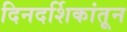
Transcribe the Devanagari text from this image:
दिनदर्शिकांतून